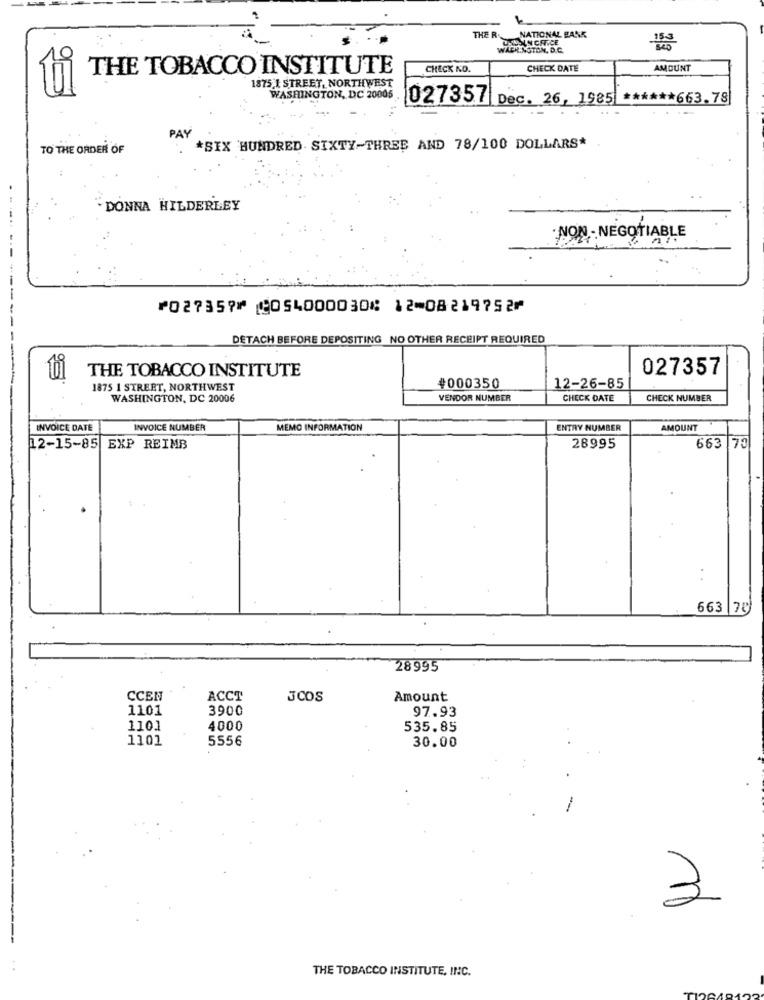
THE R. NATIONAL BANK
WACH.NOTON, D.C.
THE TOBACCO INSTITUTE
CHECK NO.
CHECK DATE
AMOUNT
1875 I STREET, NORTHWEST
95)
WASHINGTON, DC 20005
027357 Dec. 26, 1985 ****** 663.78
PAY
TO THE ORDER OF
*SIX HUNDRED SIXTY-THREE AND 78/100 DOLLARS*
.DONNA HILDERLEY
NON- NEGOTIABLE
----- ------
⑈027357⑈ ⑆054000030⑆ 12⑉08219752⑈
DETACH BEFORE DEPOSITING_NO OTHER RECEIPT REQUIRED
THE TOBACCO INSTITUTE
027357
1875 1 STREET, NORTHWEST
#000350
12-26-85
WASHINGTON, DC 20006
VENDOR NUMBER
CHECK DATE
CHECK NUMBER
INVOICE DATE
INVOICE NUMBER
MEMO INFORMATION
ENTRY NUMBER
AMOUNT
12-15-85 EXP REIMB
28995
663 .70
.
663 78
28995
CCEN
ACCT
3COS
Amount
1101
3900
97.93
1101
4000
535.85
1101
5556
30.00
3
THE TOBACCO INSTITUTE, INC.